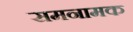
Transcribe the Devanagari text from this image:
समनामक